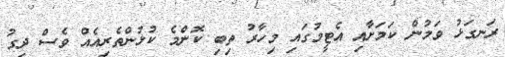
ރަނގަޅު ވަމުން ކަމަށާއި އެޓީމުގައި މިހާރު ތިބި ކޮންމެ ކުޅުންތެރިއެއް ވެސް ދިގު